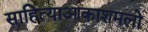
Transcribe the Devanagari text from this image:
साहित्याआकाशमलो